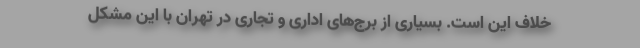
خلاف این است. بسیاری از برج‌های اداری و تجاری در تهران با این مشکل